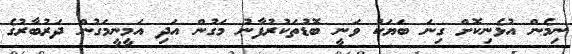
ނިމެން އުޅެނިކޮށް ގިނަ ބަޔަކު ވަނީ ބޮޑުތަކުރުފާނު މަގުން އަދި އަމީނީމަގުން ދަރުބާރުގެ